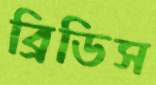
ব্রিডিস